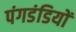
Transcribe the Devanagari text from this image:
पंगडंडियों